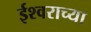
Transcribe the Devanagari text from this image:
ईश्‍वराच्या